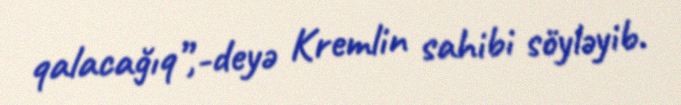
qalacağıq”,-deyə Kremlin sahibi söyləyib.